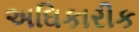
અઘિકારીક